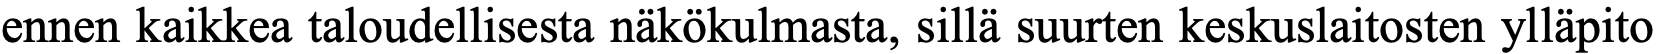
ennen kaikkea taloudellisesta näkökulmasta, sillä suurten keskuslaitosten ylläpito